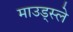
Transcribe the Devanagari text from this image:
माउड्स्ले